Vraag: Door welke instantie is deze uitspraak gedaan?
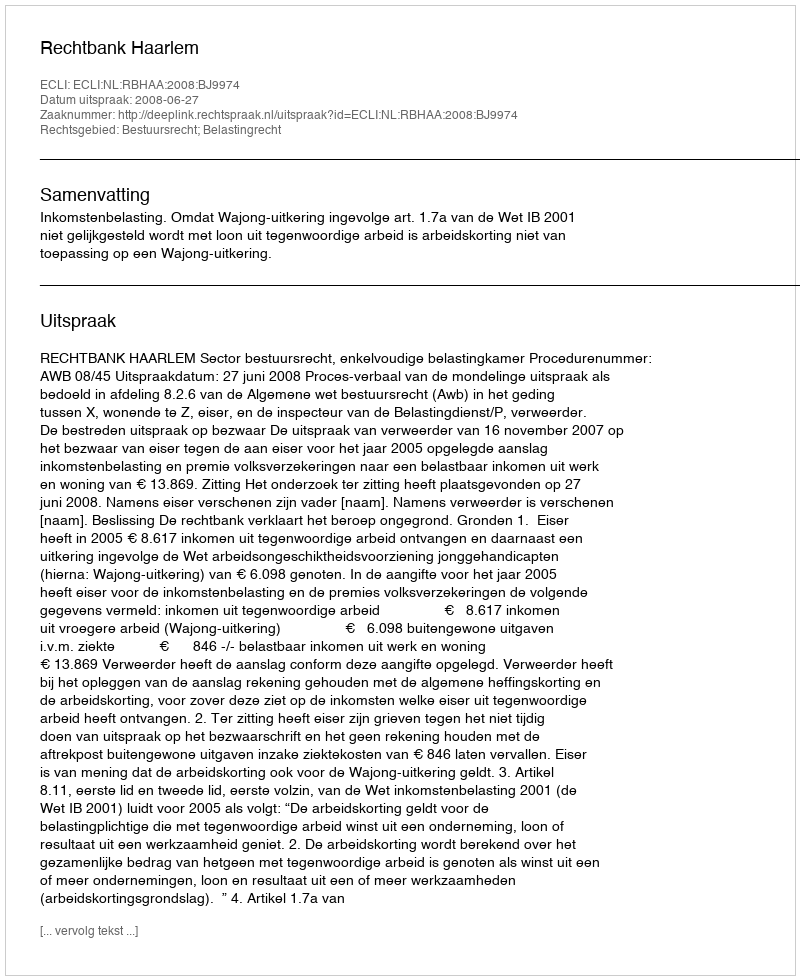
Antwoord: Rechtbank Haarlem